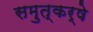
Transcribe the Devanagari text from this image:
समुत्कर्षे